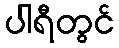
ပါရီတွင်